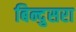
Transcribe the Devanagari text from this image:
बिन्दुसरा